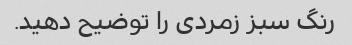
رنگ سبز زمردی را توضیح دهید.